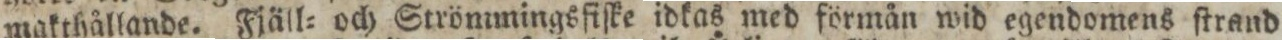
makthållande. Fjäll= och Strömmingsfiſke idkas med förmån wid egendomens ſtrand